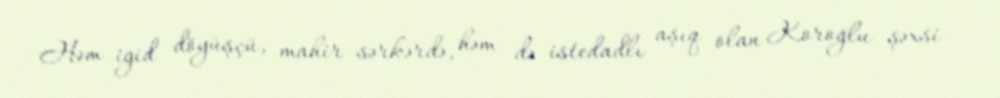
Həm igid döyüşçü, mahir sərkərdə, həm də istedadlı aşıq olan Koroğlu şəxsi